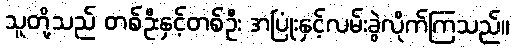
သူတို့သည် တစ်ဦးနှင့်တစ်ဦး အပြုံးနှင့်လမ်းခွဲလိုက်ကြသည်။